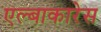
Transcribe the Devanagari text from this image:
एल्बाकारेस